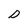
Character: D